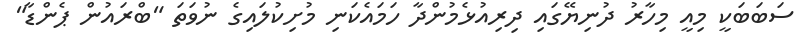
ސަބަބަކީ މިއީ މިހާރު ދުނިޔޭގައި ދިރިއުޅެމުންދާ ހަމައެކަނި މުށިކުލައިގެ ނުވަތަ "ބްރައުން ޕެންޑާ"